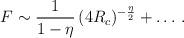
LaTeX: \begin{align*} F\sim \frac{1}{1-\eta}\, (4R_c)^{-{\frac{\eta}{2}}}+\ldots\, .\end{align*}